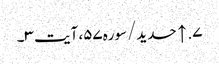
۷. ↑ حدید/سوره۵۷، آیت ۳۔